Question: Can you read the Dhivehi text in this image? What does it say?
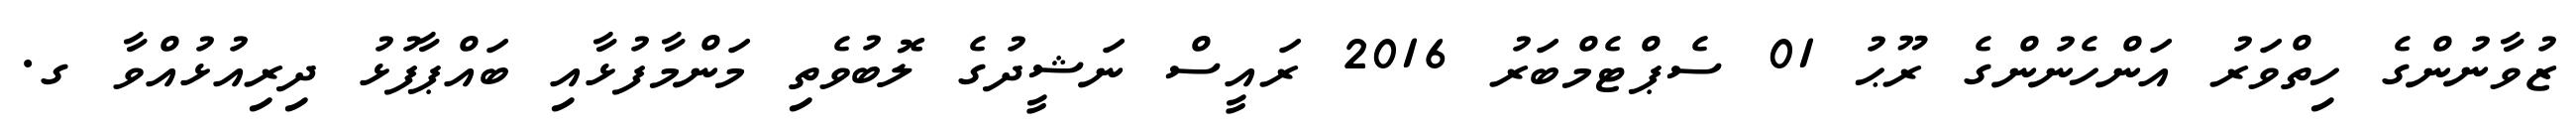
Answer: ޒުވާނުންގެ ހިތްވަރު އަންހެނުންގެ ރޫޙު 01 ސެޕްޓެމްބަރު 2016 ރައީސް ނަޝީދުގެ ލޮބުވެތި މަންމާފުޅާއި ބައްޕާފުޅު ދިރިއުޅުއްވާ ގ.